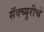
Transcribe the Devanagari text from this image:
सॅंक्च्युरीचे